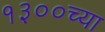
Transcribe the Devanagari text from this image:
१३००च्या